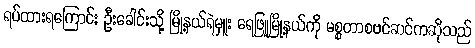
ရပ်ထားရကြောင်း ဦးခေါင်းသို့ မြို့နယ်ရဲမှူး ရေဖြူမြို့နယ်ကို မစ္စတာစဗင်ဆင်ကဆိုသည်